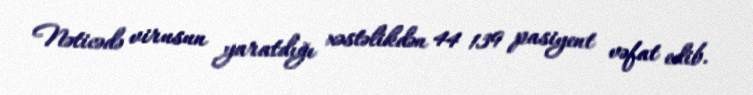
Nəticədə virusun yaratdığı xəstəlikdən 44 139 pasiyent vəfat edib.